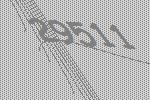
29511